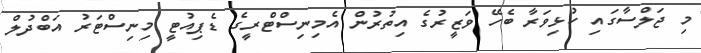
މި ޖަލްސާގައި ކުޅިވަރާ ބެހޭ ވަޒީރުގެ އިތުރުން އެމިނިސްޓްރީގެ ޑެޕިއުޓީ މިނިސްޓަރު އަބްދުލް